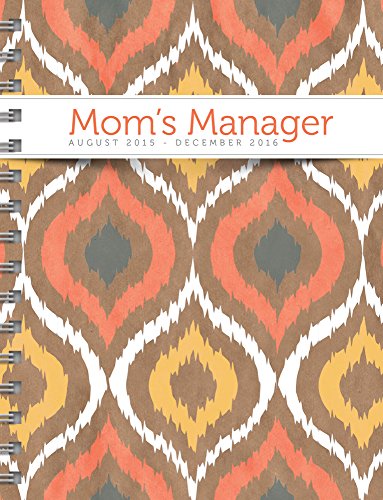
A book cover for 2016 Moms Manager 17 Month Spiral Planner; TF Publishing; Calendars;